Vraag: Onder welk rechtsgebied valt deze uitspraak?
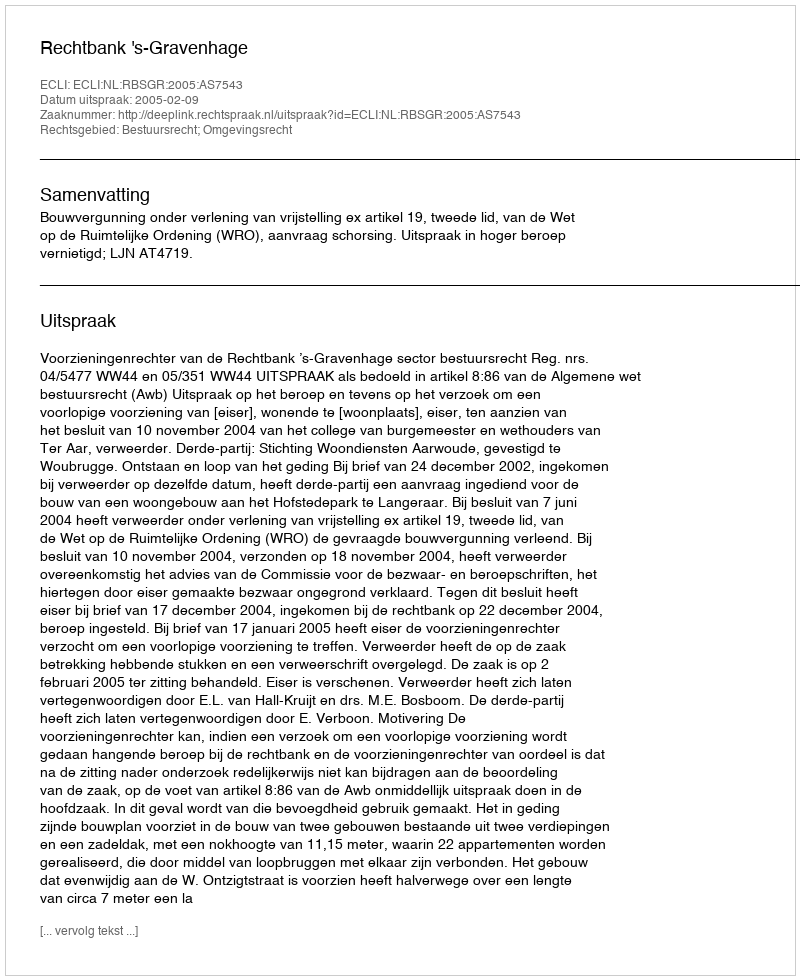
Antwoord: Bestuursrecht; Omgevingsrecht